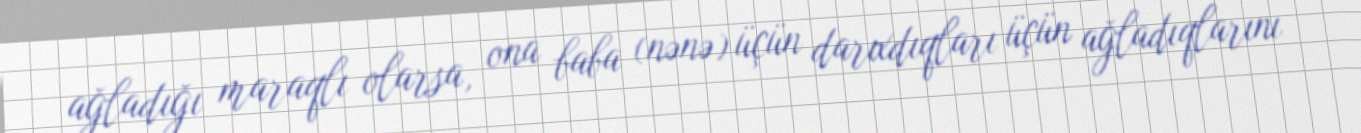
ağladığı maraqlı olarsa, ona baba (nənə) üçün darıxdıqları üçün ağladıqlarını